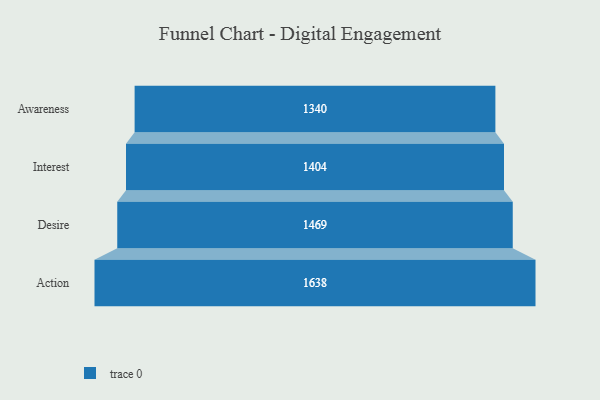
{"axis": {"x": "Stage", "y": "Value"}, "legend": [""], "data": [{"x": "Awareness", "y": 1340.0, "type": ""}, {"x": "Interest", "y": 1404.0, "type": ""}, {"x": "Desire", "y": 1469.0, "type": ""}, {"x": "Action", "y": 1638.0, "type": ""}]}